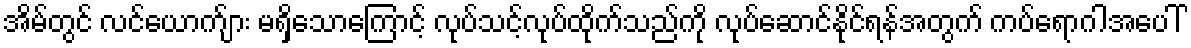
အိမ်တွင် လင်ယောက်ျား မရှိသောကြောင့် လုပ်သင့်လုပ်ထိုက်သည်ကို လုပ်ဆောင်နိုင်ရန်အတွက် ကပ်ရောဂါအပေါ်